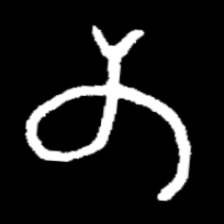
Pyu character \u2014 Myanmar letter: တ (romanized: ta)